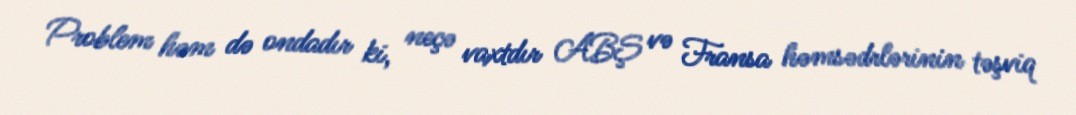
Problem həm də ondadır ki, neçə vaxtdır ABŞ və Fransa həmsədrlərinin təşviq